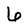
Character: 6